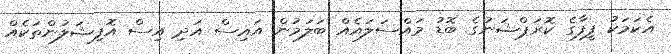
އެކަަމަކު ފީފާގެ ކޮރަޕްޝަނުގެ ބޮޑު މައްސަލައެއް ބަލަމުން އައިސް އަދި އިސް އޮފިޝަލުންތަކެއް